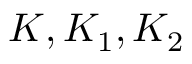
K , K _ { 1 } , K _ { 2 }